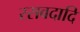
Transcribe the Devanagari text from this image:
रसवदादि